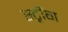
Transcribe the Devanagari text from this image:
स्ट्रींग